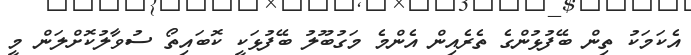
އެކަމަކު ތިން ބޭފުޅުންގެ ތެރެއިން އެންމެ މަގުބޫލު ބޭފުޅަކީ ކޮބައިތޯ ސުވާލުކޮށްލަން މީ